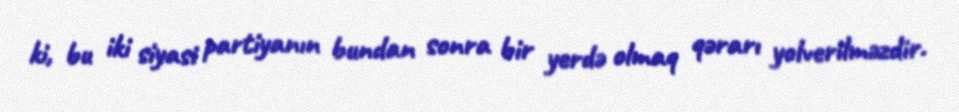
ki, bu iki siyasi partiyanın bundan sonra bir yerdə olmaq qərarı yolverilməzdir.